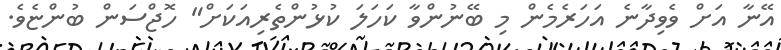
އޭނާ އަށް ވެވިދާނެ އަހަރެމެން މި ބޭނުންވާ ކަހަލަ ކުޅުންތެރިއަކަށް" ހޮޖްސަން ބުންޏެވެ.